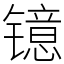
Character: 镱